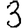
Digit: 3